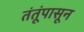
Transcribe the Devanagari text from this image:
तंतूंपासून